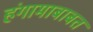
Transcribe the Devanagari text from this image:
हंगामाबाबत